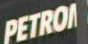
PETRON